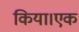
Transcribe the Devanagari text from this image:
किया।एक